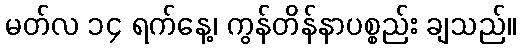
မတ်လ ၁၄ ရက်နေ့၊ ကွန်တိန်နာပစ္စည်း ချသည်။